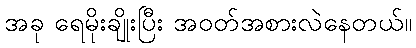
အခု ရေမိုးချိုးပြီး အဝတ်အစားလဲနေတယ်။